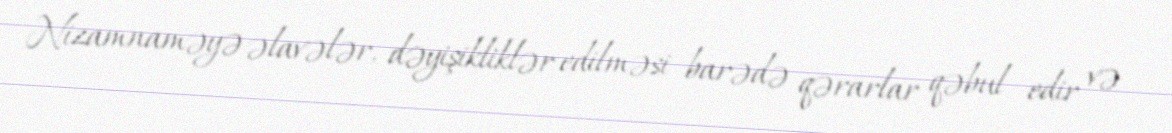
Nizamnaməyə əlavələr, dəyişikliklər edilməsi barədə qərarlar qəbul edir və